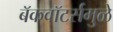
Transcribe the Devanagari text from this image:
बॅकवॉटर्समुळे